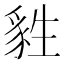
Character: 𤯴